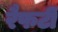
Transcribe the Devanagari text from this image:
रैफर्टी